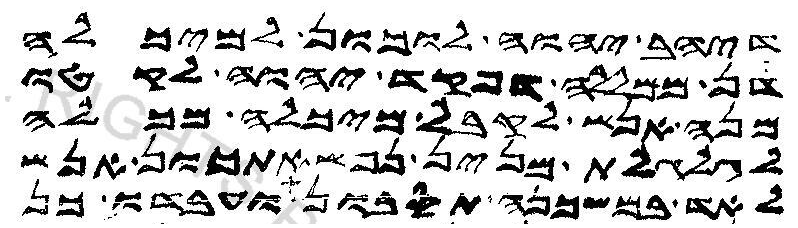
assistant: דיהב יהוה לוכון למיכלה
דן ממללה דפקד יהוה לקטו
מנה אנש לקבל מיכלה מכלה
לגלגלת מנין נפשאתכון אנש
לאד במשכנה תסבון ועבדו כן